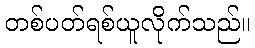
တစ်ပတ်ရစ်ယူလိုက်သည်။